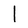
Character: I